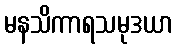
မနသိကာရသမုဒယာ